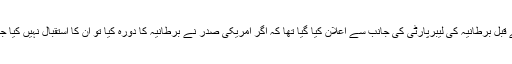
اس سے قبل برطانیہ کی لیبرپارٹی کی جانب سے اعلان کیا گیا تھا کہ اگر امریکی صدر نے برطانیہ کا دورہ کیا تو ان کا استقبال نہیں کیا جائے گا۔